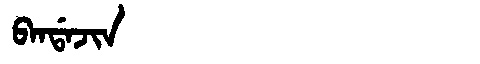
Manchu: ᠪᠠᠨᡩᠠᠵᡳᠨ
Romanization: BANDAJIN